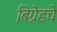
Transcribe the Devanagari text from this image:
बिग्रेडचे